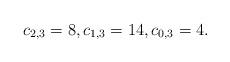
LaTeX: \begin{align*} c_{2,3}=8,c_{1,3}=14,c_{0,3}=4.\end{align*}